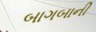
બાગબાની